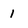
Character: 1